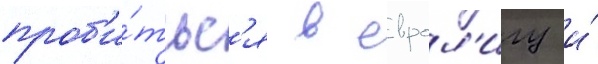
проб'и́тьс'я в еврол'игу и́